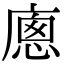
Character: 𢊕